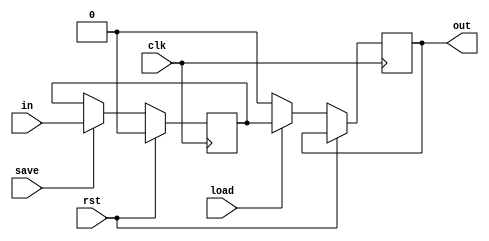
module TC_Register (clk, rst, load, save, in, out);
    parameter UUID = 0;
    parameter NAME = "";
    parameter BIT_WIDTH = 1;
    input clk;
    input rst;
    input load;
    input save;
    input [BIT_WIDTH-1:0] in;
    output reg [BIT_WIDTH-1:0] out;

    reg [BIT_WIDTH-1:0] value;
    
    initial begin
        out = {BIT_WIDTH{1'b0}};
        value = {BIT_WIDTH{1'b0}};
    end
    
    always @ (posedge clk) begin
        if (rst) begin
            value = {BIT_WIDTH{1'b0}};
        end 
        else begin
            if (load)
                out <= value;
            else
                out <= {BIT_WIDTH{1'b0}};

            if (save)
                value = in;
        end
    end

 endmodule